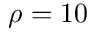
\rho = 1 0